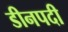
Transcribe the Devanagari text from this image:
डीनपदी